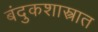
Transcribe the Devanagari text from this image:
बंदुकशास्त्रात